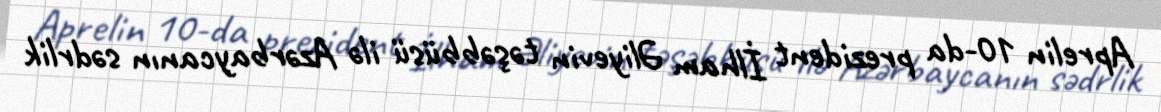
Aprelin 10-da prezident İlham Əliyevin təşəbbüsü ilə Azərbaycanın sədrlik